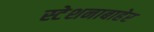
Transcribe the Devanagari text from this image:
स्टेशनाबाहेर